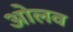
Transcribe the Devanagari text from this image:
ओलव